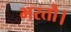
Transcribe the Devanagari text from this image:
भरतौ।